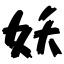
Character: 妖